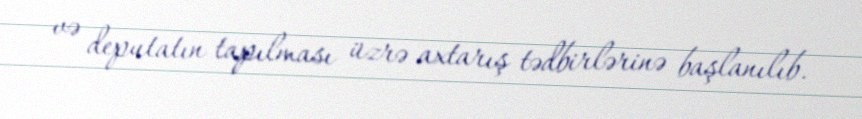
və deputatın tapılması üzrə axtarış tədbirlərinə başlanılıb.